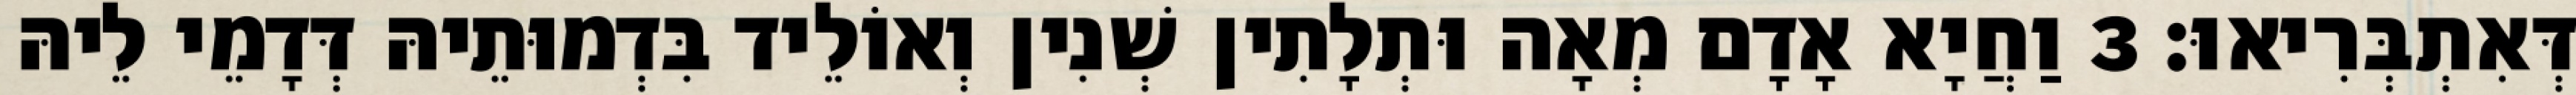
דְּאִתְבְּרִיאוּ׃ 3 וַחֲיָא אָדָם מְאָה וּתְלָתִין שְׁנִין וְאוֹלֵיד בִּדְמוּתֵיהּ דְּדָמֵי לֵיהּ